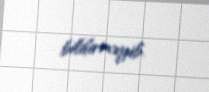
bildirməyib.